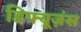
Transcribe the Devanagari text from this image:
डिफ्यूज़ंस